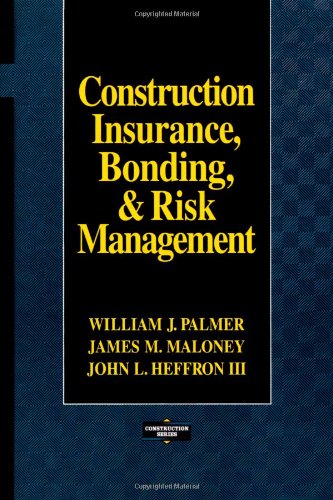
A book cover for Construction Insurance, Bonding, and Risk Management; William Palmer; Law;